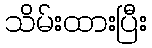
သိမ်းထားပြီး